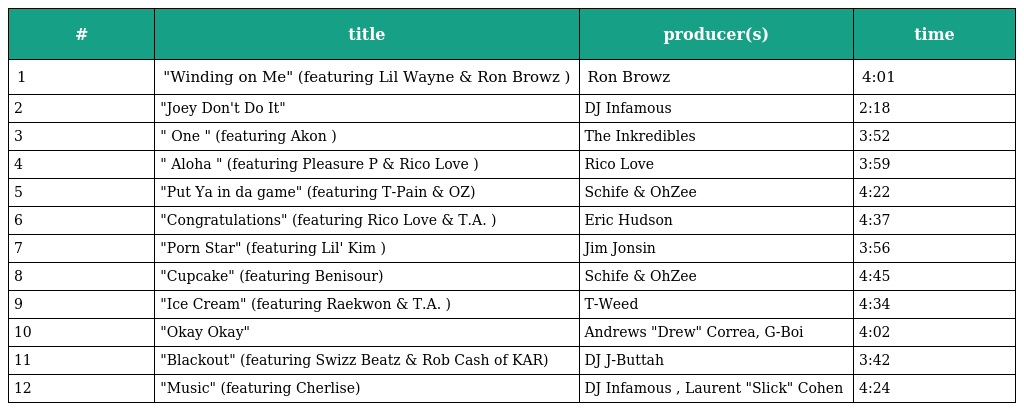
| # | title | producer(s) | time |
 | --- | --- | --- | --- |
 | 1 | "Winding on Me" (featuring Lil Wayne & Ron Browz ) | Ron Browz | 4:01 |
 | 2 | "Joey Don't Do It" | DJ Infamous | 2:18 |
 | 3 | " One " (featuring Akon ) | The Inkredibles | 3:52 |
 | 4 | " Aloha " (featuring Pleasure P & Rico Love ) | Rico Love | 3:59 |
 | 5 | "Put Ya in da game" (featuring T-Pain & OZ) | Schife & OhZee | 4:22 |
 | 6 | "Congratulations" (featuring Rico Love & T.A. ) | Eric Hudson | 4:37 |
 | 7 | "Porn Star" (featuring Lil' Kim ) | Jim Jonsin | 3:56 |
 | 8 | "Cupcake" (featuring Benisour) | Schife & OhZee | 4:45 |
 | 9 | "Ice Cream" (featuring Raekwon & T.A. ) | T-Weed | 4:34 |
 | 10 | "Okay Okay" | Andrews "Drew" Correa, G-Boi | 4:02 |
 | 11 | "Blackout" (featuring Swizz Beatz & Rob Cash of KAR) | DJ J-Buttah | 3:42 |
 | 12 | "Music" (featuring Cherlise) | DJ Infamous , Laurent "Slick" Cohen | 4:24 |